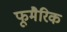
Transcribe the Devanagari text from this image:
फूमैरिक